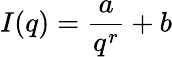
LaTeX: I(q)=\frac{a}{q^{r}}+b